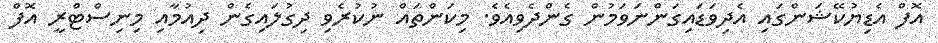
އޮފް އެޑިޔުކޭޝަންގައި އެދިވަޑައިގަންނަވަމުން ގެންދެވިއެވެ. މިކަންތައް ނުކުރެވި ދިގުލައިގެން ދިއުމާއި މިނިސްޓްރީ އޮފް